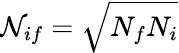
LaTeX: {\cal N}_{if}=\sqrt{N_{f}N_{i}}